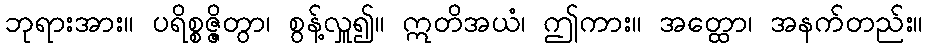
ဘုရားအား။ ပရိစ္စဇ္ဇိတွာ၊ စွန့်လှူ၍။ ဣတိအယံ၊ ဤကား။ အတ္ထော၊ အနက်တည်း။